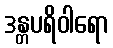
ဒန္တပရိဝါရော